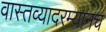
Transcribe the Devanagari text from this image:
वास्तव्यादरम्यानच